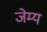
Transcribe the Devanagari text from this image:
जेम्य